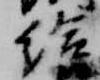
給